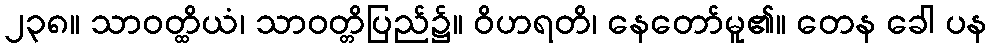
၂၃၈။ သာဝတ္ထိယံ၊ သာဝတ္တိပြည်၌။ ဝိဟရတိ၊ နေတော်မူ၏။ တေန ခေါ ပန